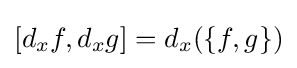
[d_{x}f,d_{x}g]=d_{x}(\{f,g\})